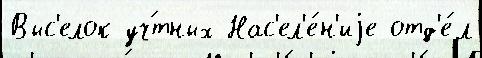
Выс'елок уч́тных Нас'ел'е́н'иjе отд'е́л